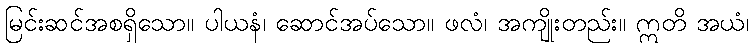
မြင်းဆင်အစရှိသော။ ပါယနံ၊ ဆောင်အပ်သော။ ဖလံ၊ အကျိုးတည်း။ ဣတိ အယံ၊